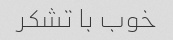
خوب با تشکر